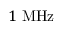
1 \ \mathrm { M H z }